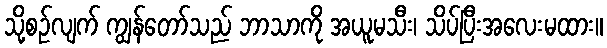
သို့စဉ်လျက် ကျွန်တော်သည် ဘာသာကို အယူမသီး၊ သိပ်ပြီးအလေးမထား။